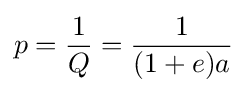
p={\frac {1}{Q}}={\frac {1}{(1+e)a}}